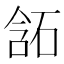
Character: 𰧂